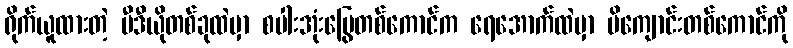
ရိုက်ယူထားတဲ့ ဗီဒီယိုတစ်ခုထဲမှာ စပါးအုံးမြွေတစ်ကောင်က ရေအောက်ထဲမှာ မိကျောင်းတစ်ကောင်ကို